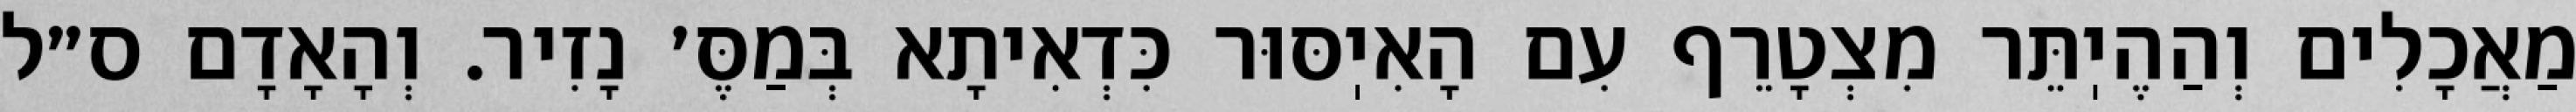
מַאֲכָלִים וְהַהֶיֽתֵּר מִצְטָרֵף עִם הָאִיֽסּוּר כִּדְאִיתָא בְּמַסֶּ׳ נָזִיר. וְהָאָדָם ס״ל